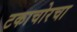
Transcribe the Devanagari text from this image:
टकाचोरचा